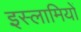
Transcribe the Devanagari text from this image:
इस्लामियों